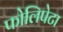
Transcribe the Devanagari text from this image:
फोलिपेटा